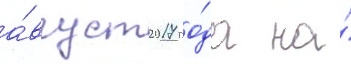
а́вгуст 2017 го́да на́